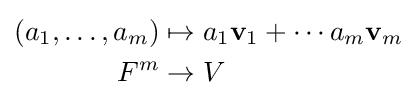
{\begin{aligned}(a_{1},\ldots ,a_{m})&\mapsto a_{1}\mathbf {v} _{1}+\cdots a_{m}\mathbf {v} _{m}\\F^{m}&\to V\end{aligned}}